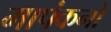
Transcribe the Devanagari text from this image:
मापंकनों